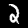
Digit: 2